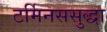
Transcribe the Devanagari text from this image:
टर्मिनससुद्धा